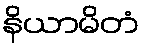
နိယာမိတံ